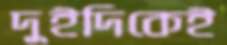
দুইদিকেই